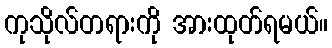
ကုသိုလ်တရားကို အားထုတ်ရမယ်။